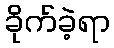
ခိုက်ခဲ့ရာ